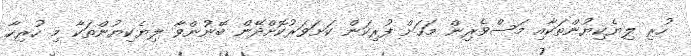
ހުރި ލިޔެކިޔުންތަކާއި މަސްވެރިން މަހަށް ފުރިކަން ކަށަވަރުކޮށްދޭން ބޭނުންވާ ލިޔެކިޔުންތަކާ މި ހުރިހާ